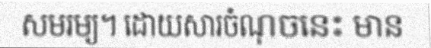
សមរម្យ។ ដោយសារចំណុចនេះ មាន